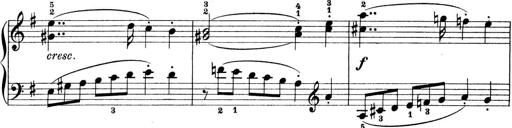
Title: Preis-Sonatine
Composer: Ernst James Bremner